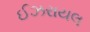
ઈઝરાયલ